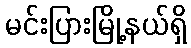
မင်းပြားမြို့နယ်ရှိ